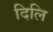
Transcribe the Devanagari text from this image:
दिलि